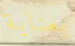
بعناية